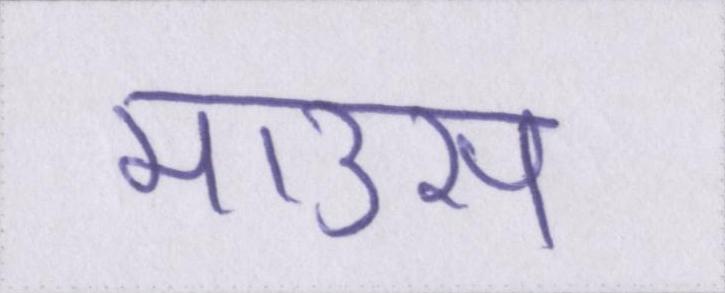
माउस